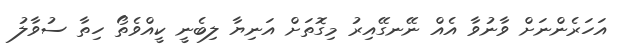
އަހަރެންނަށް ވާނުވާ އެއް ނޭނގޭއިރު މިގޮތަށް އަނިޔާ ލިބެނީ ކީއްވެތޯ ހިތާ ސުވާލު